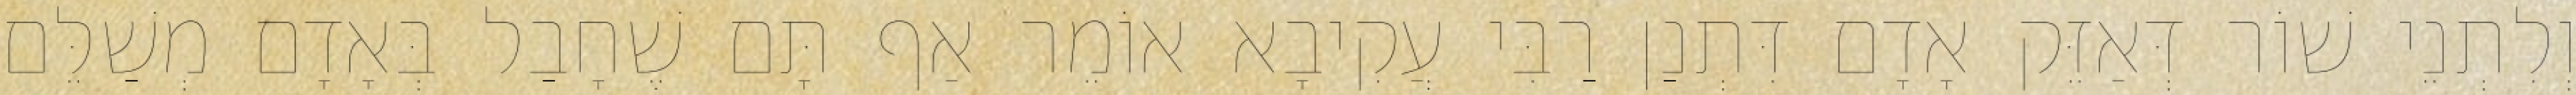
וְלִתְנֵי שׁוֹר דְּאַזֵּק אָדָם דִּתְנַן רַבִּי עֲקִיבָא אוֹמֵר אַף תָּם שֶׁחָבַל בְּאָדָם מְשַׁלֵּם